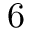
6